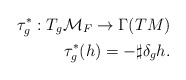
\begin{align*}\tau^*_g:T_g{\cal M}_F\rightarrow \Gamma (TM)\\\tau^*_g(h)=-\sharp\delta_gh.\end{align*}